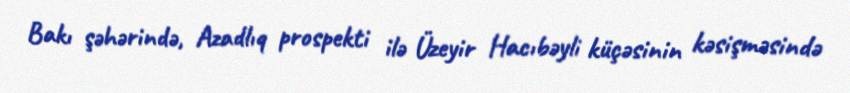
Bakı şəhərində, Azadlıq prospekti ilə Üzeyir Hacıbəyli küçəsinin kəsişməsində